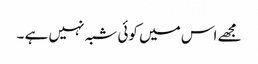
مجھے اس میں کوئی شبہ نہیں ہے ۔